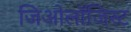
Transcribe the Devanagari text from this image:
जिओलॉजिस्ट